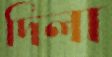
দিলা